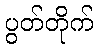
ပွတ်တိုက်